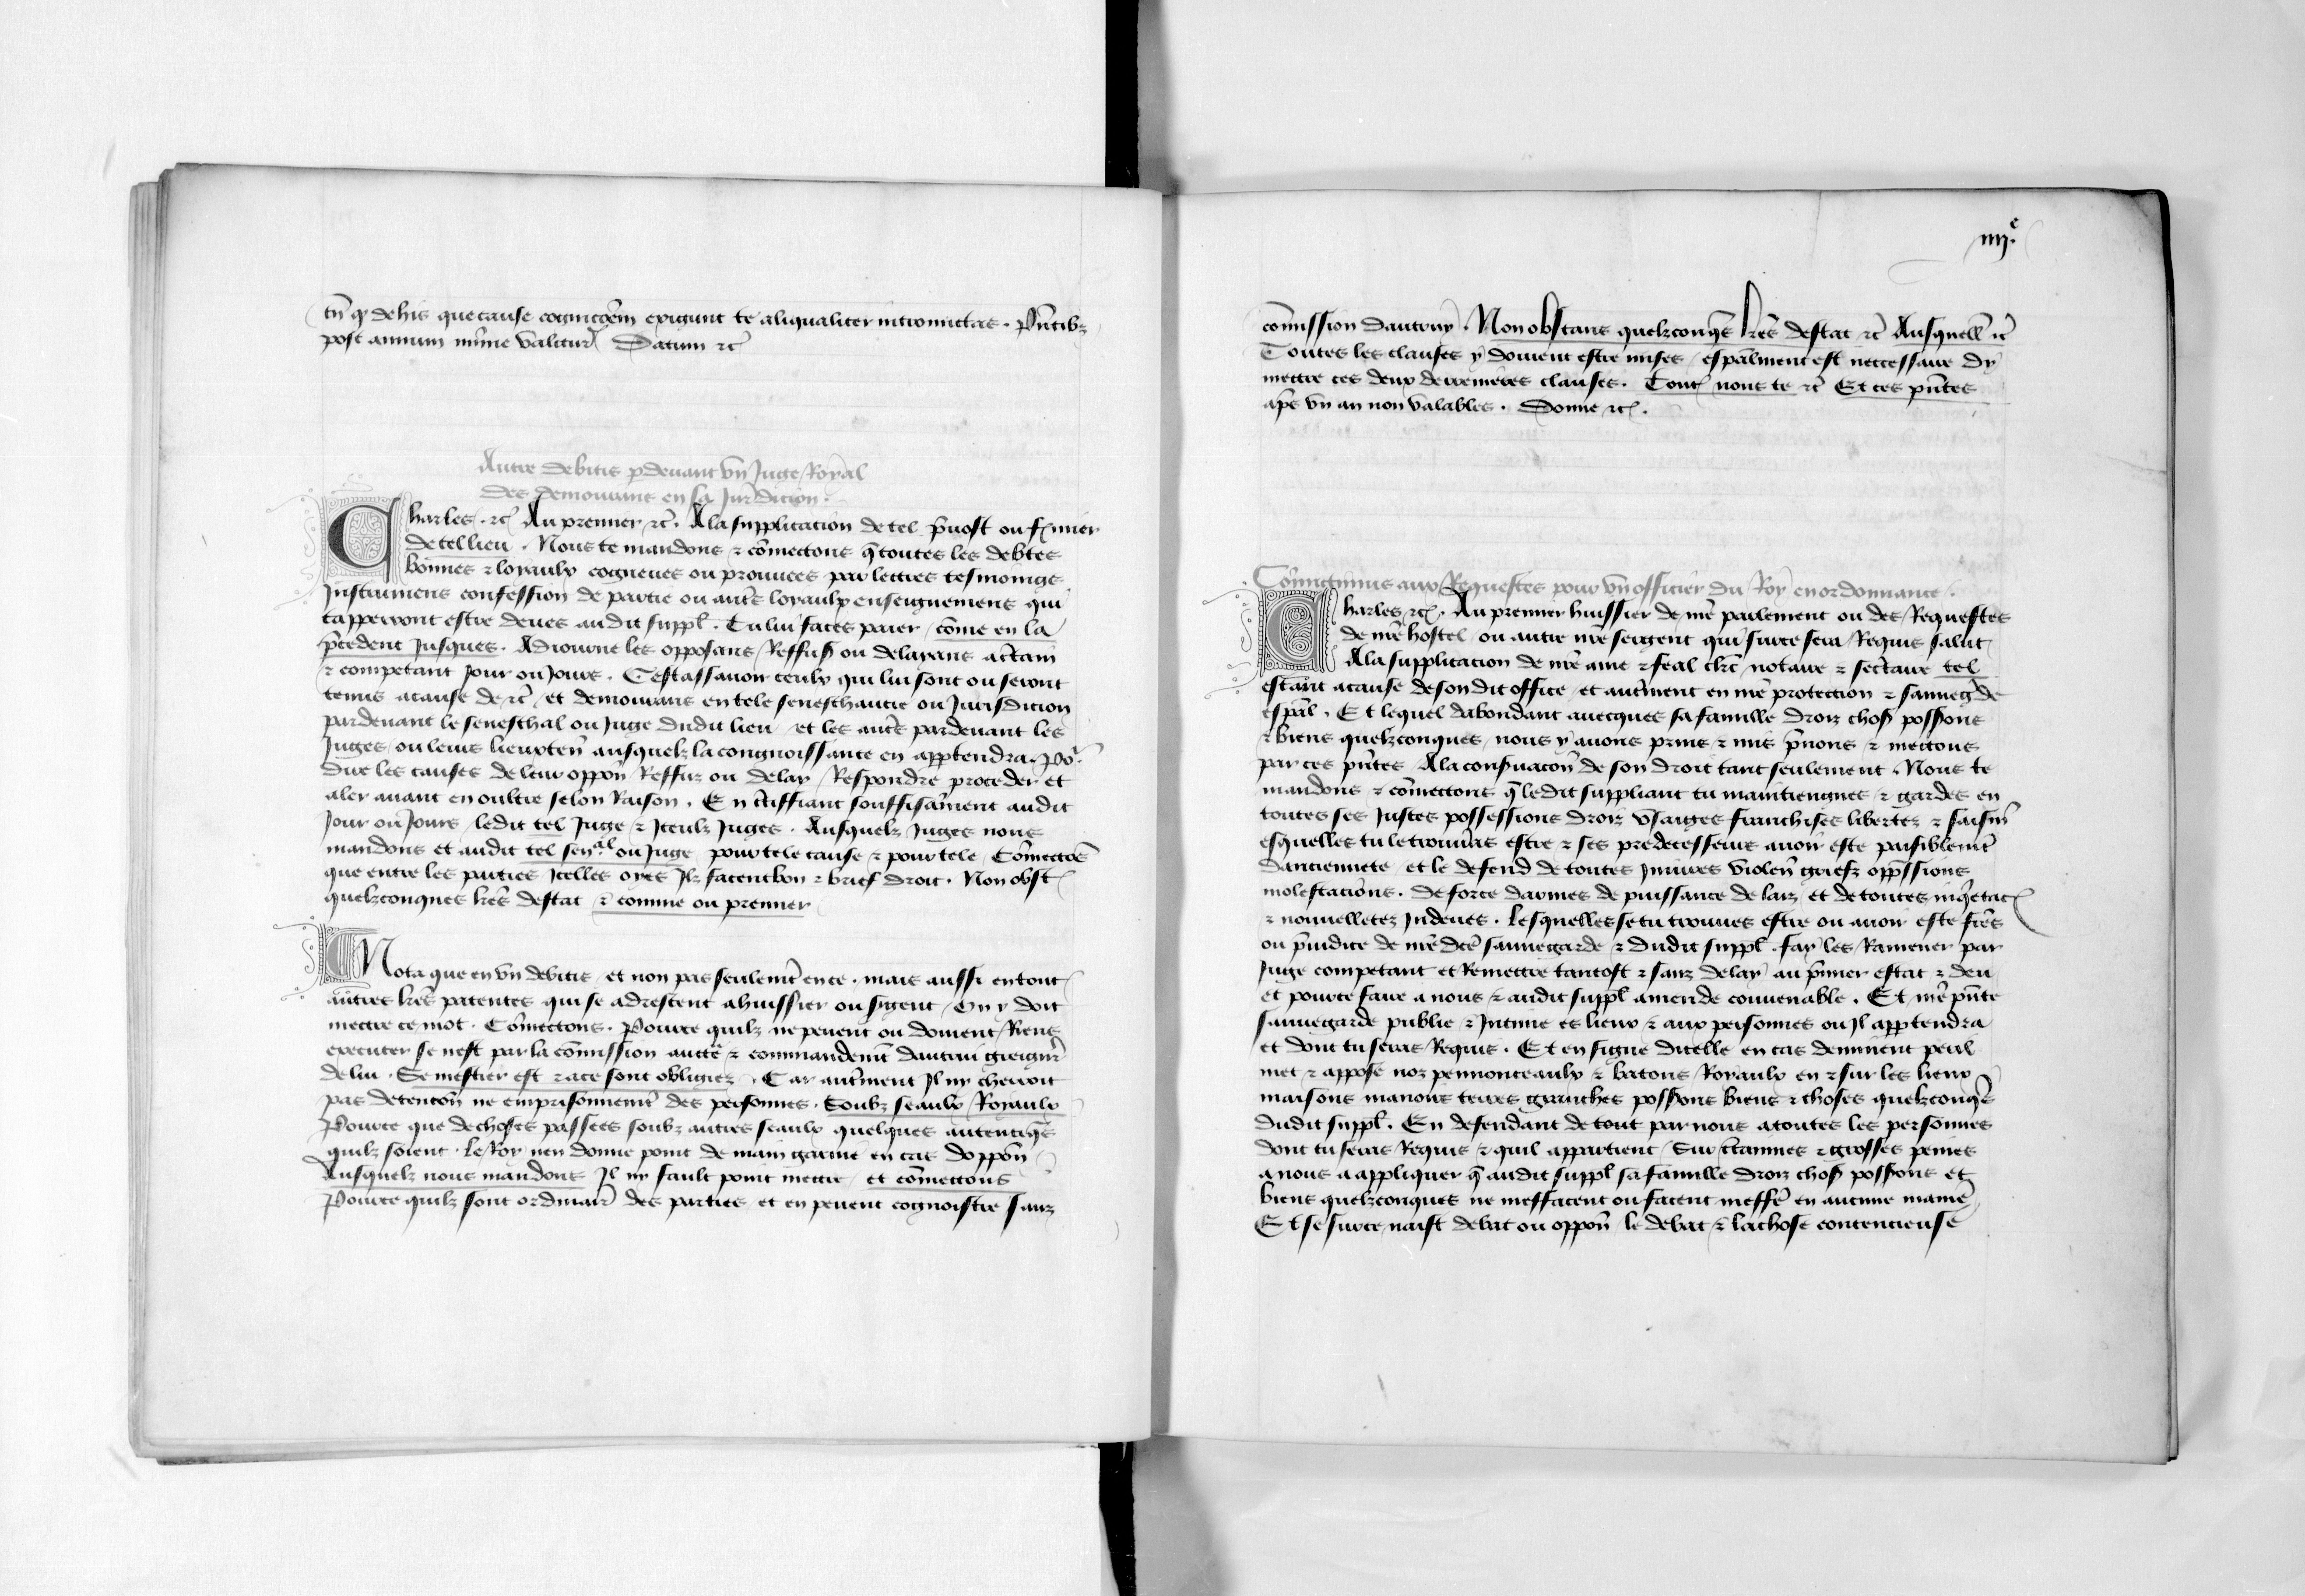
Shelfmark: Paris, BnF, fr. 5024
Century: 14